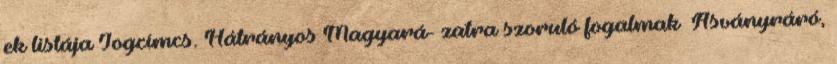
ek listája Jogcímcs. Hátrányos Magyará- zatra szoruló fogalmak ▪Ásványráró,